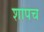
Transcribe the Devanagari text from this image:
शापच